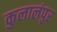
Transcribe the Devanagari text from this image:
कुलालंपुर